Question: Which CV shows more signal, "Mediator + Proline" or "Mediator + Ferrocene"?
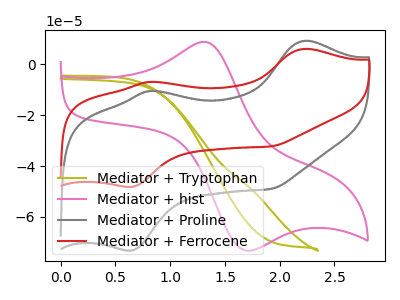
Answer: <think>The olive curve "Mediator + Tryptophan" has no peaks. The pink curve "Mediator + hist" has an anodic peak at (1.30V, 8.90uA) and a cathodic peak at (1.65V, -72.95uA). The gray curve "Mediator + Proline" has anodic peaks at (2.25V, 9.30uA) (0.80V, -10.40uA) and cathodic peaks at (0.65V, -73.20uA) (1.90V, -48.95uA). The red curve "Mediator + Ferrocene" has anodic peaks at (2.25V, 6.15uA) (0.80V, -6.85uA) and cathodic peaks at (0.65V, -48.15uA) (1.90V, -32.20uA).
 All the peaks in "Mediator + Proline" have a peak in "Mediator + Ferrocene" at the same potential.</think>
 <answer>I cant tell if "Mediator + Proline" or "Mediator + Ferrocene" has more signal.</answer>
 <eval>mixed_signal</eval>